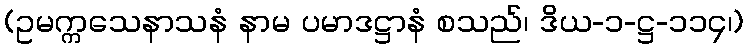
(ဥမက္ကသေနာသနံ နာမ ပမာဒဋ္ဌာနံ စသည်၊ ဒိယ-၁-ဋ္ဌ-၁၁၄၊)